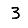
Digit: 3